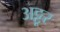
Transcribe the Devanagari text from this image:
अट्टूर